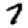
Digit: 7